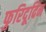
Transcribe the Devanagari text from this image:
फुरिदूदिन